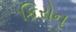
કિરોન